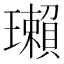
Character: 瓎